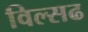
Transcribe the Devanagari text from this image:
विल्सढ